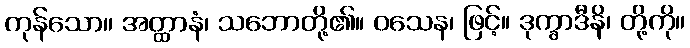
ကုန်သော။ အတ္ထာနံ၊ သဘောတို့၏။ ဝသေန၊ ဖြင့်။ ဒုက္ခာဒီနိ၊ တို့ကို။